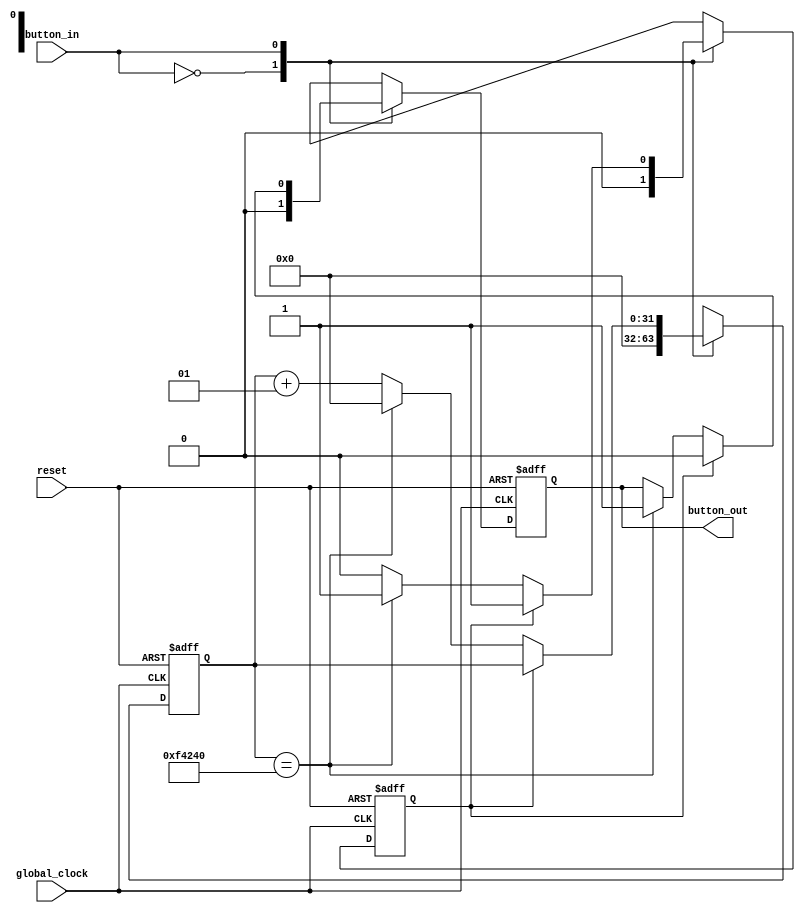
`timescale 1ns / 1ps
//////////////////////////////////////////////////////////////////////////////////
// Company: 
// Engineer: 
// 
// Design Name: 
// Module Name: debouncer_16bit
// Project Name: 
// Target Devices: 
// Tool Versions: 
// Description: 
// 
// Dependencies: 
// 
// Revision:
// Revision 0.01 - File Created
// Additional Comments:
// 
//////////////////////////////////////////////////////////////////////////////////


module debouncer_16bit(
    input global_clock,
    input reset,
    input button_in,
    output reg button_out
    );
    reg count_start, output_exist;
//    reg [7:0] deb_count = 8'b00000000;
    integer deb_count = 0;
   always @ (posedge global_clock or negedge reset) begin
     if(!reset) begin
         button_out <= 0;
         count_start <= 0;
         deb_count <= 0;
         output_exist <= 0;
     end else begin
        case(button_in)
        0: {button_out, deb_count, count_start, output_exist} = 0;
        1: if(output_exist == 0) begin 
               if(count_start == 0) begin
                   count_start <= 1;
                   deb_count <= deb_count +1;
                   if(deb_count == 1000000) begin
                       button_out <= 1;
                       count_start <= 0;
                       deb_count <= 0;
                       output_exist <= 1; 
                   end 
               end else begin
                   deb_count <= deb_count + 1;
                   if(deb_count == 1000000) begin
                       button_out <= 1;
                       count_start <= 0;
                       deb_count <= 0;
                       output_exist <= 1; 
                   end
               end               
           end else //caseif
               button_out <= 0;
       endcase  //case
      end //else
   end //always
endmodule